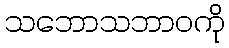
သဘောသဘာဝကို